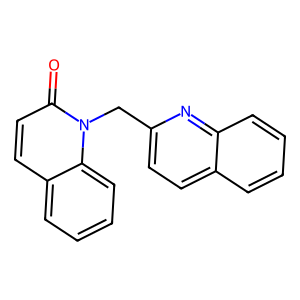
SMILES: O=c1ccc2ccccc2n1Cc1ccc2ccccc2n1
Inhibits HIV replication: No